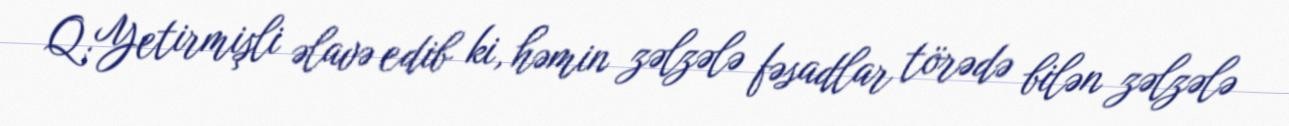
Q.Yetirmişli əlavə edib ki, həmin zəlzələ fəsadlar törədə bilən zəlzələ